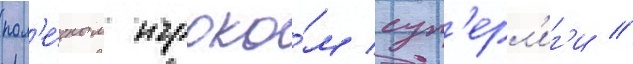
пол'е́зным игроко́м суп'ерл'иг'и //